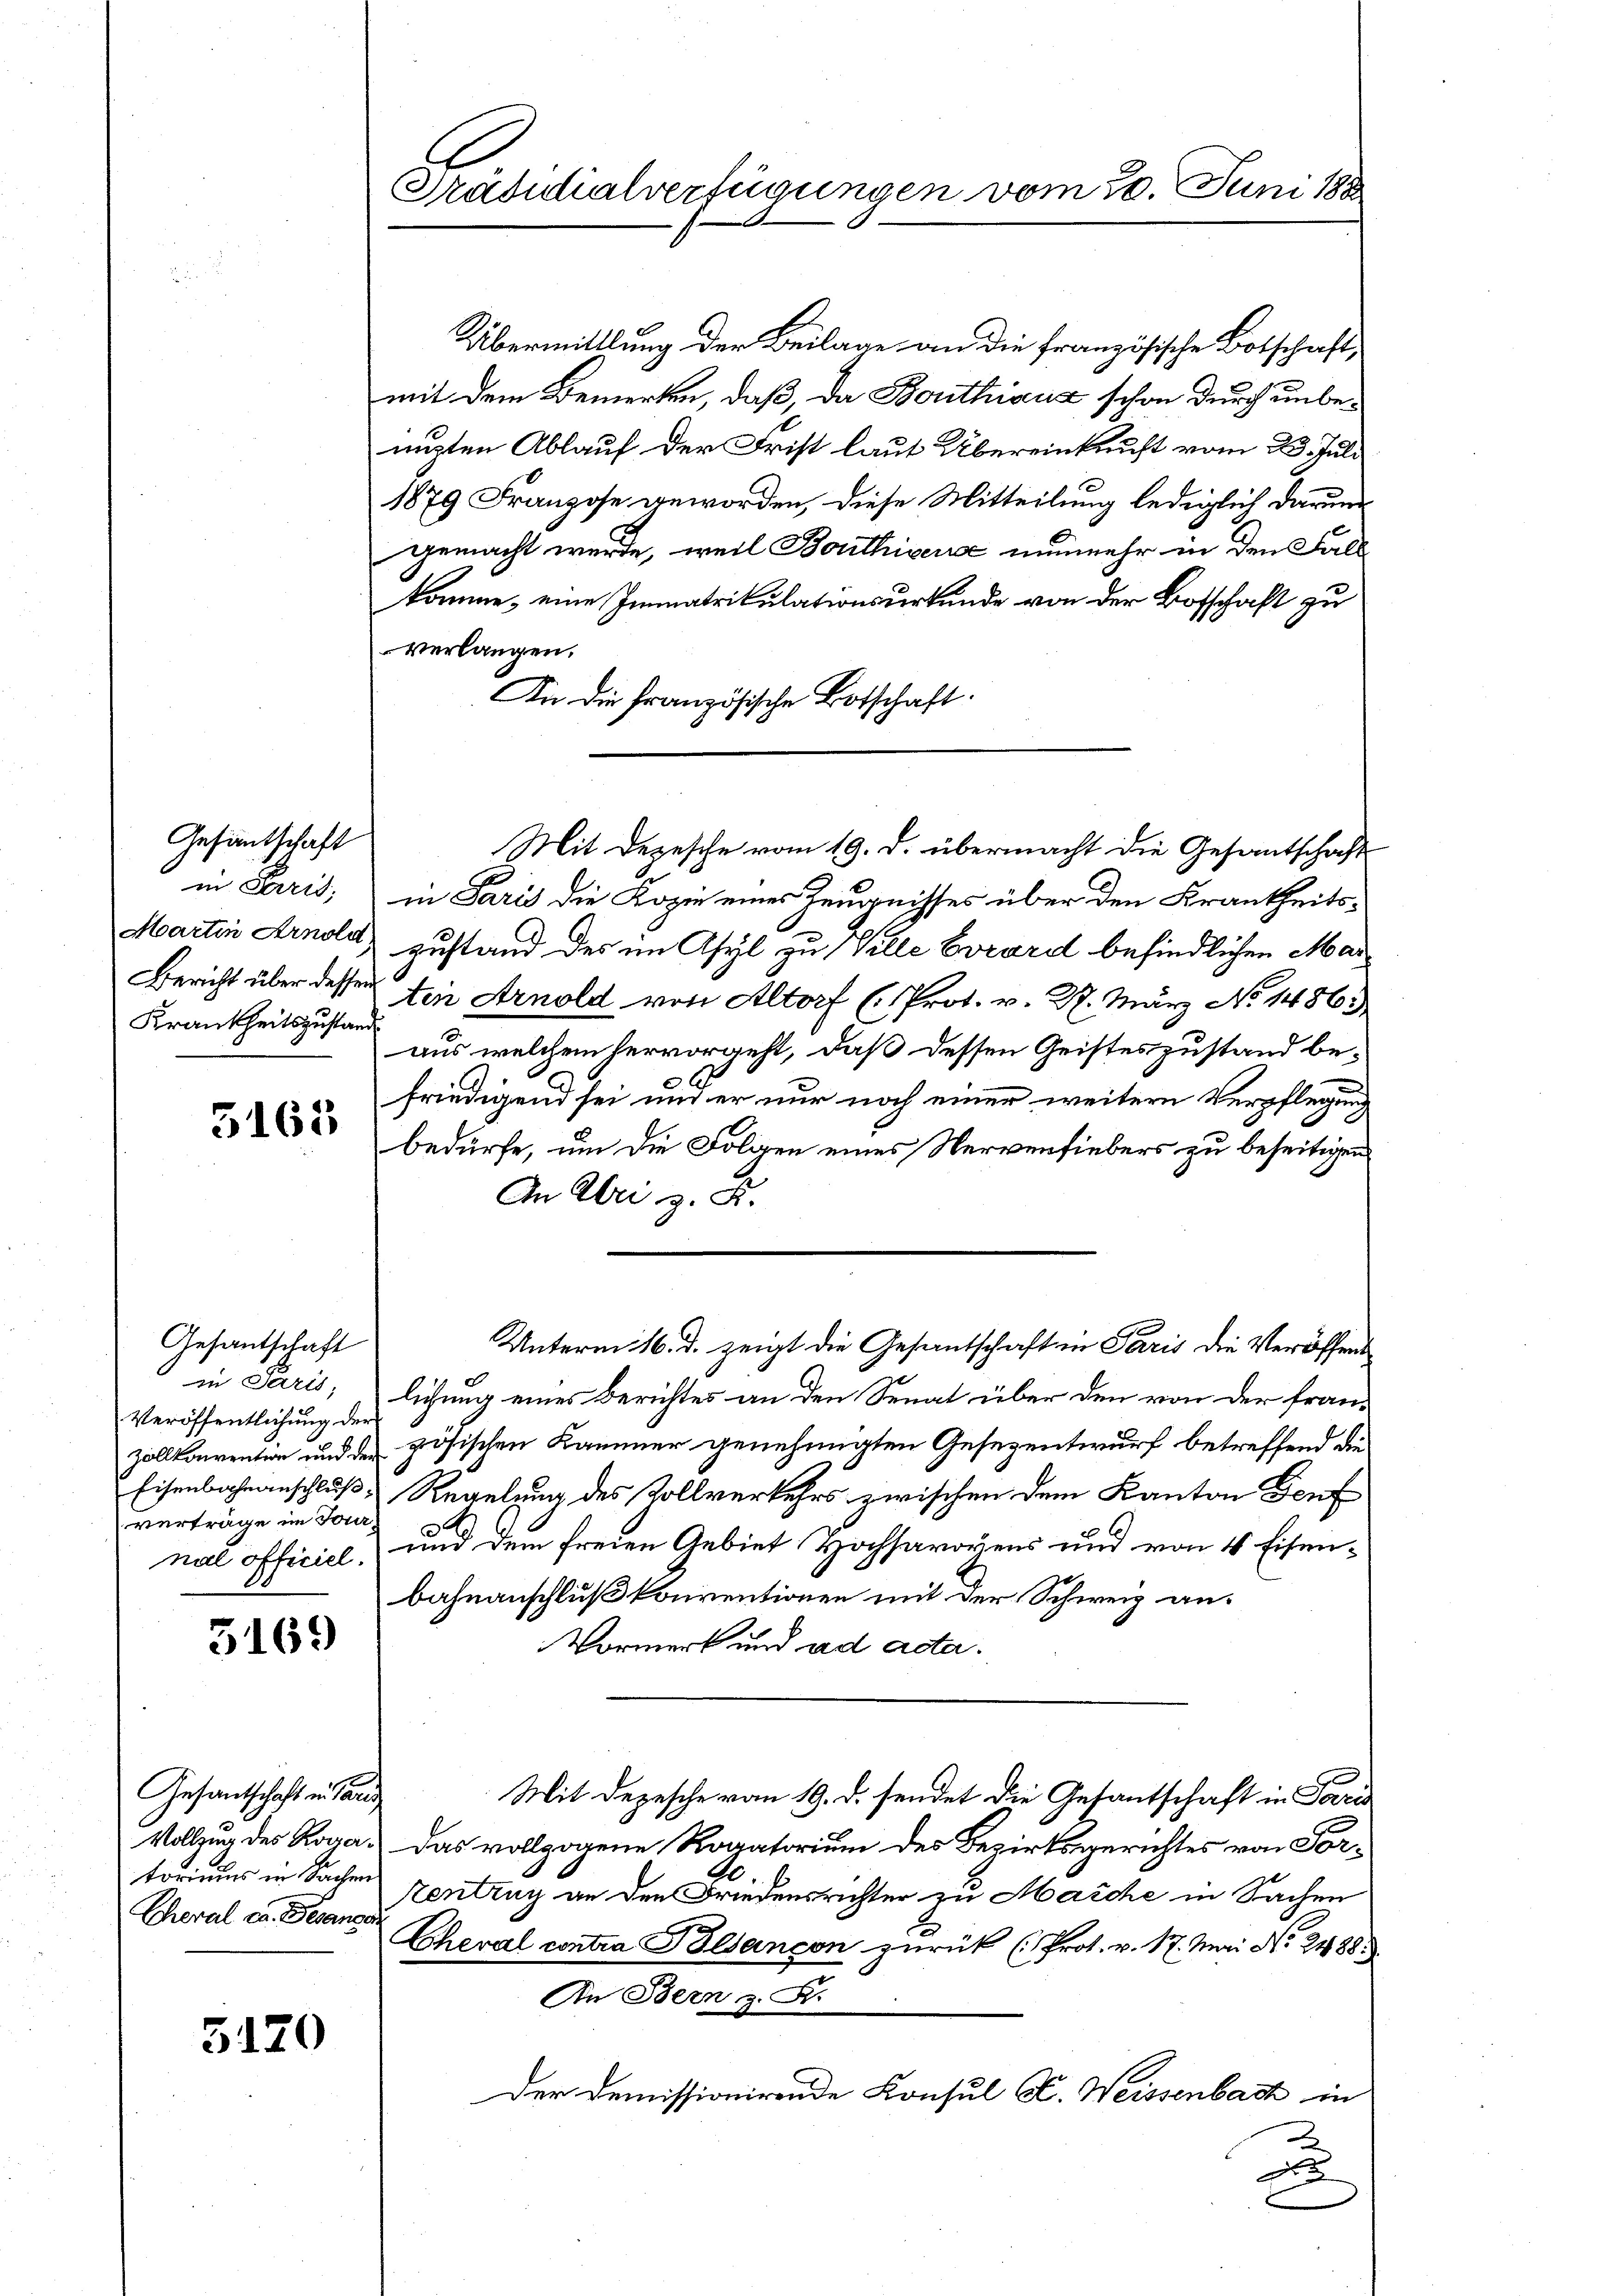
in Paris;
Krankheitszustand

Gesantschaft

3165

Gesantschaft
in Paris,
Veröffentlichung der
verträge im Tour

3169

Gesandtschaft in Sa
Cheral ca. Gesangen

5120

Übermittlung der Beilage an die französische Botschaft,
mit dem Bemerken, daß, da Bouthicus schon durch unbenizten Ablauf der Frist laut Übereinkunft vom 23. Juli
1879 Franzose geworden, diese Mitteilung lediglich darum
gemacht werde, weil Bouthiger nunmehr in den Fall
komme, eine Immatrikulationsurkunde von der Botschaft zu
Verlangen.
An die Französische Botschaft.
in Paris die Kopie eines Zeugnisses über den Krankheits¬
Martin Arnold zustand des im Asyl zu Wille Evrard befindlichen Mar¬
Bericht über dessen den Arnold von Altorf (Prot. v. 27. März No. 1486)
aus welchem hervorgeht, daß dessen Geisteszustand befriedigend sei und er nur noch einer weitern Verpflegung
bedürfe, um die Folgen eines Nervenfiebers zu beseitigen
An Abri z. B.
Unterm 16. d. zeigt die Gesandschaft in Paris die Veröffentlichung eines Berichtes an den Senat über den von der fran¬
Zollkonvention und der zösischen Kammer genehmigten Gesezentwurf betreffend die
Eisenbahnanschluß, Regelung des Zollverkehrs zwischen dem Kanton Teuf
nal officiel, und dem freien Gebiet Hochsavoyens und von 4 Eisen-
bahnanschluß konventionen mit der Schweiz an¬
Vormerk und ad acta.
Mit Depesche vom 19. d. sendet die Gesantschaft in Paris
Vollzug des Roga.) Das vollzogene Rogatorium des Bezirksgerichtes von Fortoriums in Sachen Zentrag an den Friedensrichter zu Marche in Sachen
Cheval contra Balsançon zurück (Prot. v. 17. Mai No 2488
An Bern, z. B.
Der Demissionirende Konsul Kt. Weissenbach in
x

Präsidialverfügungen vom 30. Juni 188

Mit Depesche vom 19. d. übermacht die Gesantschaft